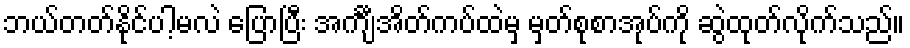
ဘယ်တတ်နိုင်ပါ့မလဲ ပြောပြီး အင်္ကျီအိတ်ကပ်ထဲမှ မှတ်စုစာအုပ်ကို ဆွဲထုတ်လိုက်သည်။